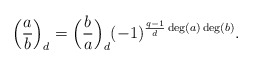
\begin{align*}\Big(\frac{a}{b}\Big)_d = \Big(\frac{b}{a}\Big)_d (-1)^{\frac{q-1}{d} \deg(a)\deg(b)}.\end{align*}